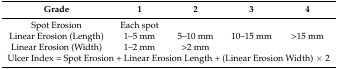
<table><thead><tr><td><b>Grade</b></td><td><b>1</b></td><td><b>2</b></td><td><b>3</b></td><td><b>4</b></td></tr></thead><tbody><tr><td>Spot Erosion</td><td>Each spot</td><td></td><td></td><td></td></tr><tr><td>Linear Erosion (Length)</td><td>1–5 mm</td><td>5–10 mm</td><td>10–15 mm</td><td>&gt;15 mm</td></tr><tr><td>Linear Erosion (Width)</td><td>1–2 mm</td><td>&gt;2 mm</td><td></td><td></td></tr><tr><td colspan="5">Ulcer Index = Spot Erosion + Linear Erosion Length + (Linear Erosion Width) × 2</td></tr></tbody></table>